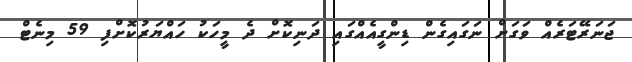
ޖަނަރޭޓަރެއް ވަގަށް ނަގައިގެން ޑިންގީއެއްގައި ދަނިކޮށް ދެ މީހަކު ހައްޔަރުކޮށްފި 59 މިނެޓް